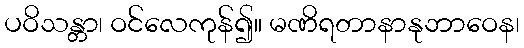
ပဝိသန္တာ၊ ဝင်လေကုန်၍။ မဏိရတာနာနုဘာဝေန၊